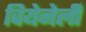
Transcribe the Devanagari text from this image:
वियेनेर्ली